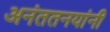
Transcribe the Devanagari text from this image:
अनंततनयांनी